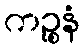
ကဉ္စနံ